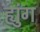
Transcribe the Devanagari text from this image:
ह्युंग